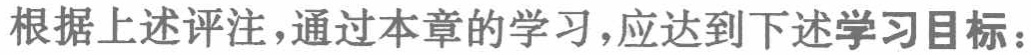
根据上述评注，通过本章的学习，应达到下述学习目标：